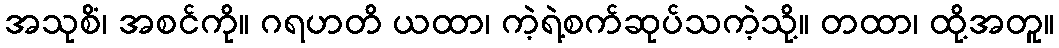
အသုစိံ၊ အစင်ကို။ ဂရဟတိ ယထာ၊ ကဲ့ရဲ့စက်ဆုပ်သကဲ့သို့။ တထာ၊ ထို့အတူ။